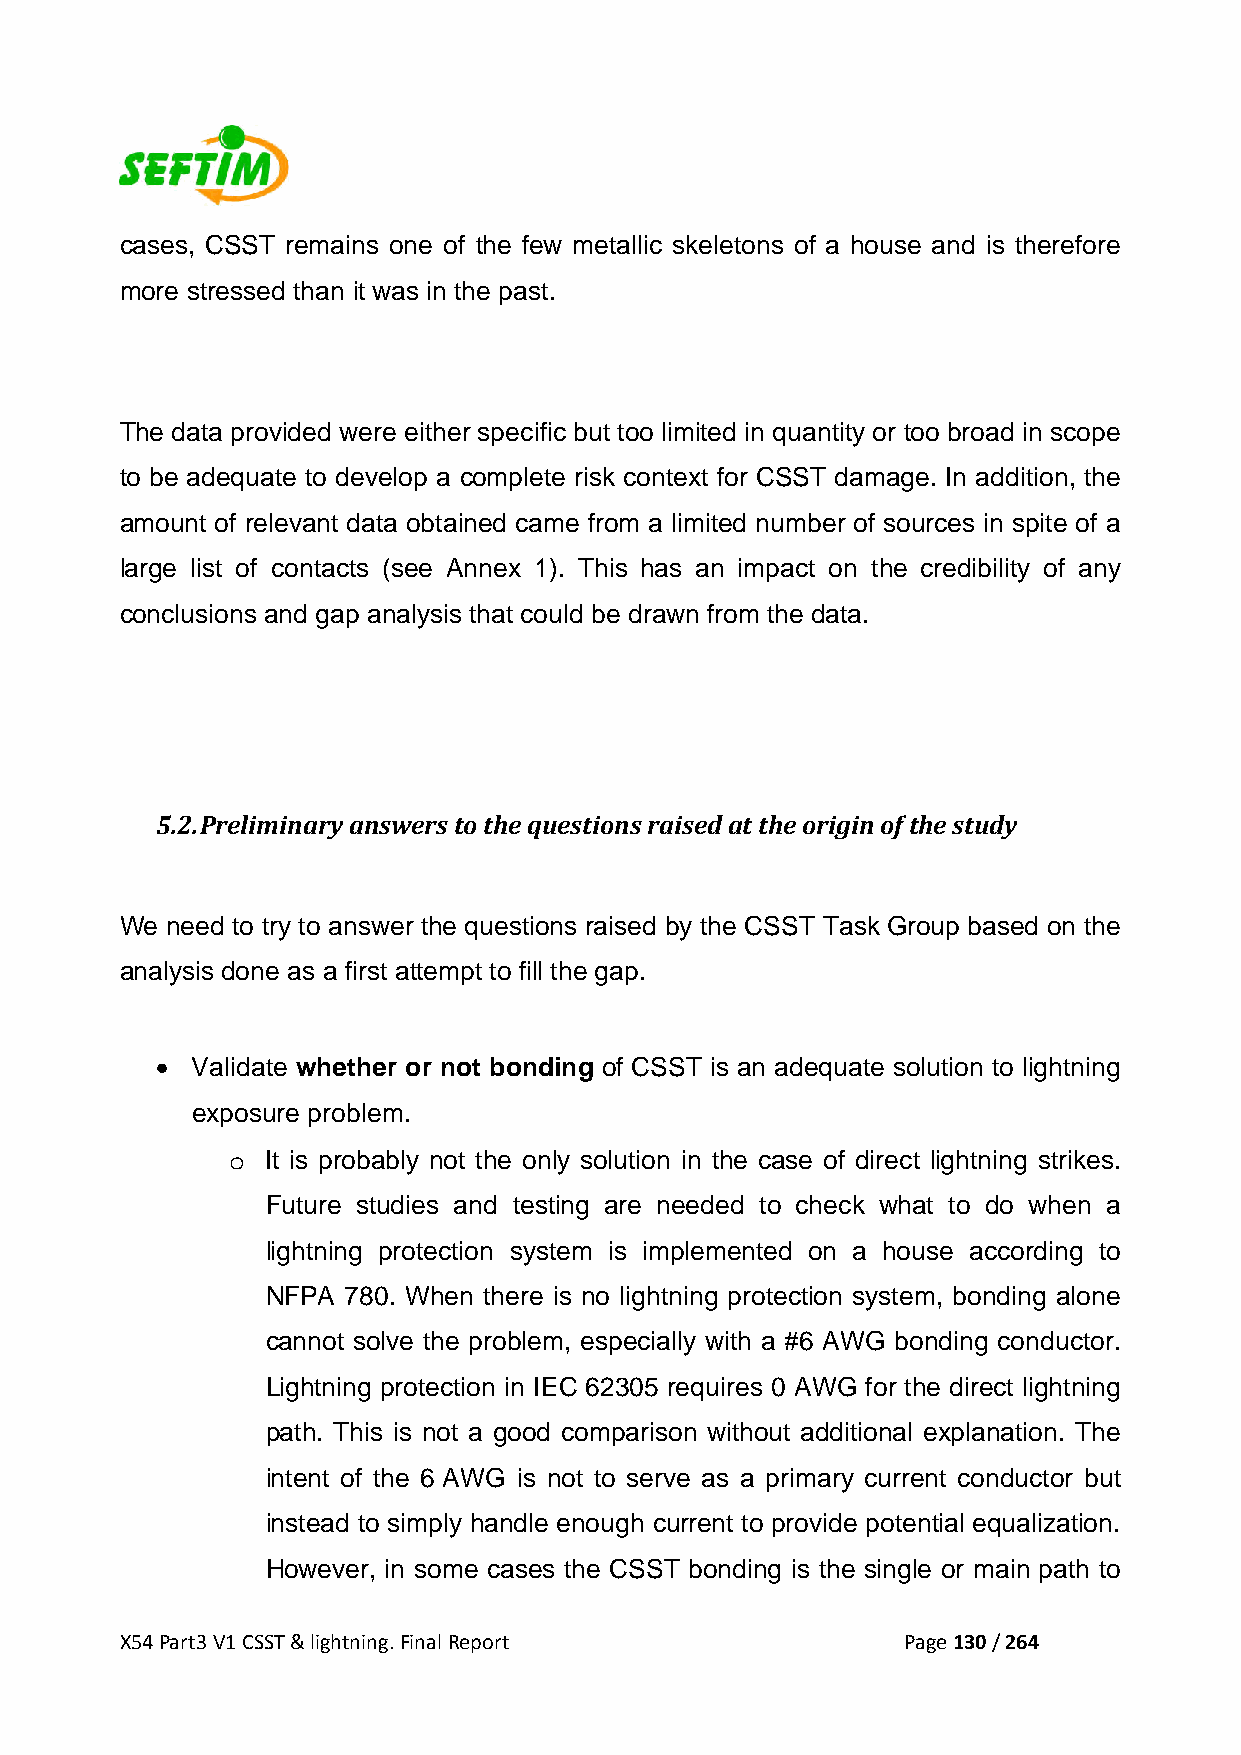
cases, CSST remains one of the few metallic skeletons of a house and is therefore
 more stressed than it was in the past.
 The data provided were either specific but too limited in quantity or too broad in scope
 to be adequate to develop a complete risk context for CSST damage. In addition, the
 amount of relevant data obtained came from a limited number of sources in spite of a
 large list of contacts (see Annex 1). This has an impact on the credibility of any
 conclusions and gap analysis that could be drawn from the data.
 5.2. Preliminary answers to the questions raised at the origin of the study
 We need to try to answer the questions raised by the CSST Task Group based on the
 analysis done as a first attempt to fill the gap.
 •  Validate whether or not bonding of CSST is an adequate solution to lightning
 exposure problem.
 o  It is probably not the only solution in the case of direct lightning strikes.
 Future studies and testing are needed to check what to do when a
 lightning protection system is implemented on a house according to
 NFPA 780. When there is no lightning protection system, bonding alone
 cannot solve the problem, especially with a #6 AWG bonding conductor.
 Lightning protection in IEC 62305 requires 0 AWG for the direct lightning
 path. This is not a good comparison without additional explanation. The
 intent of the 6 AWG is not to serve as a primary current conductor but
 instead to simply handle enough current to provide potential equalization.
 However, in some cases the CSST bonding is the single or main path to
 X54 Part3 V1 CSST & lightning. Final Report         Page 130 / 264